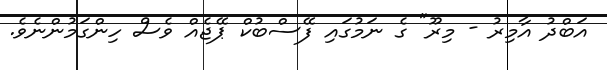
އަބްދު އާމިރު - މިރޫ" ގެ ނަމުގައި ފޭސްބުކް ޕޭޖެއް ވެސް ހިންގަމުންނެވެ.